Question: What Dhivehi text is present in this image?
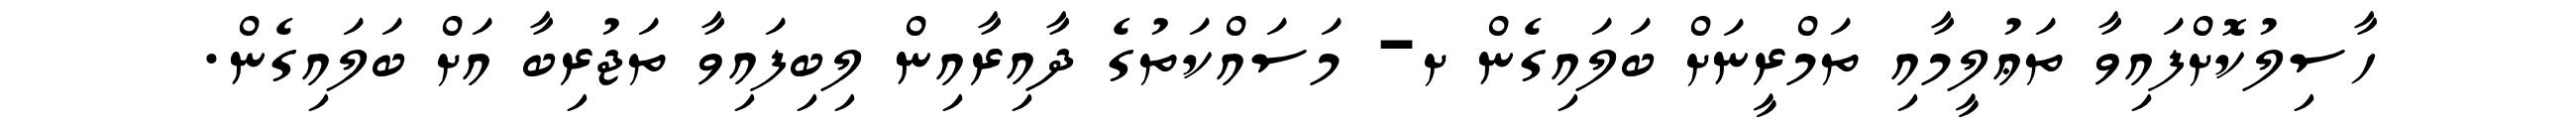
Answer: ހާސިލުކޮށްފައިވާ ތަޢުލީމާއި ތަމްރީނަށް ބަލައިގެން ށ- މަސައްކަތުގެ ދާއިރާއިން ލިބިފައިވާ ތަޖުރިބާ އަށް ބަލައިގެން.